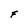
Character: F